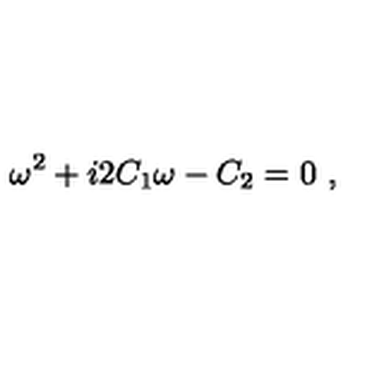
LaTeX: \omega ^ { 2 } + i 2 C _ { 1 } \omega - C _ { 2 } = 0 \ ,